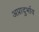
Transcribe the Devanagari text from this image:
अप्रादुर्भाव